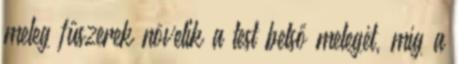
meleg fűszerek növelik a test belső melegét, míg a